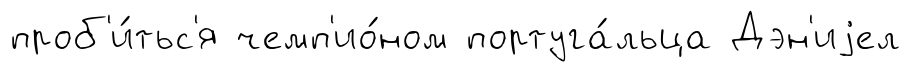
проб'и́тьс'я чемп'ио́ном португа́льца Дэн'иjел